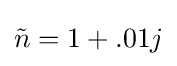
{\tilde {n}}=1+.01j